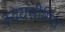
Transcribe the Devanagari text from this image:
स्वयंसीमित